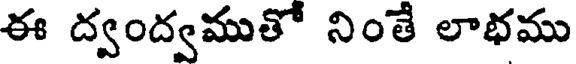
ఈ ద్వంద్వముతో నింతే లాభము